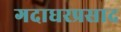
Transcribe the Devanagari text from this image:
गदाधरप्रसाद